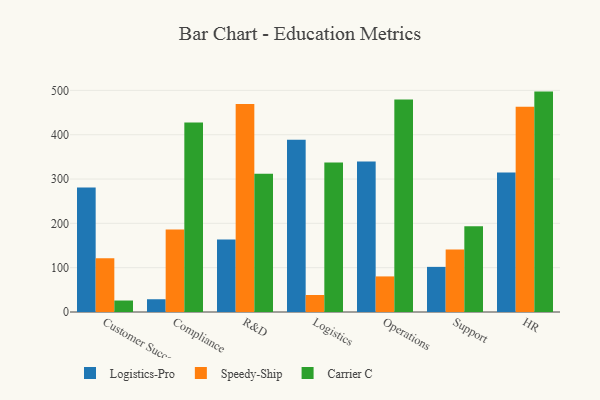
{"axis": {"x": "Department", "y": "Waste Production (Tons)"}, "legend": ["Carrier C", "Logistics-Pro", "Speedy-Ship"], "data": [{"x": "Customer Success", "y": 280.7, "type": "Logistics-Pro"}, {"x": "Customer Success", "y": 121.1, "type": "Speedy-Ship"}, {"x": "Customer Success", "y": 25.9, "type": "Carrier C"}, {"x": "Compliance", "y": 28.8, "type": "Logistics-Pro"}, {"x": "Compliance", "y": 186.2, "type": "Speedy-Ship"}, {"x": "Compliance", "y": 427.5, "type": "Carrier C"}, {"x": "R&D", "y": 163.4, "type": "Logistics-Pro"}, {"x": "R&D", "y": 469.1, "type": "Speedy-Ship"}, {"x": "R&D", "y": 312.2, "type": "Carrier C"}, {"x": "Logistics", "y": 388.6, "type": "Logistics-Pro"}, {"x": "Logistics", "y": 38.4, "type": "Speedy-Ship"}, {"x": "Logistics", "y": 337.3, "type": "Carrier C"}, {"x": "Operations", "y": 339.4, "type": "Logistics-Pro"}, {"x": "Operations", "y": 80.3, "type": "Speedy-Ship"}, {"x": "Operations", "y": 479.6, "type": "Carrier C"}, {"x": "Support", "y": 101.8, "type": "Logistics-Pro"}, {"x": "Support", "y": 141.3, "type": "Speedy-Ship"}, {"x": "Support", "y": 193.3, "type": "Carrier C"}, {"x": "HR", "y": 315.0, "type": "Logistics-Pro"}, {"x": "HR", "y": 463.1, "type": "Speedy-Ship"}, {"x": "HR", "y": 497.3, "type": "Carrier C"}]}